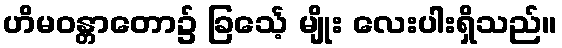
ဟိမဝန္တာတော၌ ခြင်္သေ့ မျိုး လေးပါးရှိသည်။